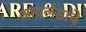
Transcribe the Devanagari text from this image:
आयर्लंडाचे